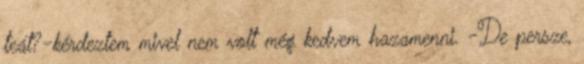
teát?-kérdeztem mivel nem volt még kedvem hazamenni. -De persze,